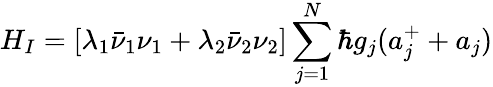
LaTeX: H_{I}=[\lambda_{1}\bar{\nu}_{1}\nu_{1}+\lambda_{2}\bar{\nu}_{2}\nu_{2}]\sum_{j=1}^{N}\hbar g_{j}(a_{j}^{+}+a_{j})